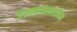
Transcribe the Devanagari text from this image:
वैजनाथशास्त्रींना